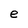
Character: e